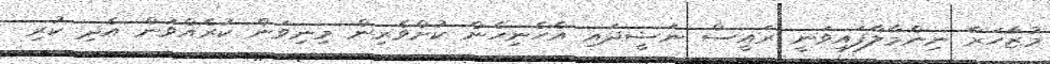
މުޒާހަރާ ނިންމާލާފައިވަނީ ރައީސް ނަޝީދައި އެހެނިހެން ކުށްވެރިން މިނިވަން ކުރެއްވުން އެދި ކުރި